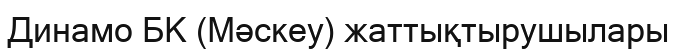
Динамо БК (Мәскеу) жаттықтырушылары